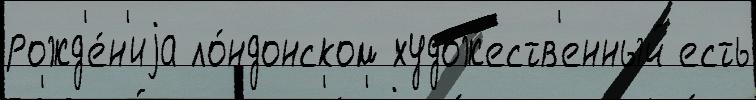
рожд'е́н'иjа ло́ндонском худо́жеств'енный есть